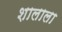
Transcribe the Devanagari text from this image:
शालाला